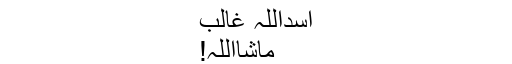
اسداللہ غالب
ماشااللہ!